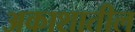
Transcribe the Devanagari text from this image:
अकाशातील